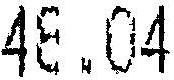
48.04